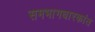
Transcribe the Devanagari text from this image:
समभागधारकांत